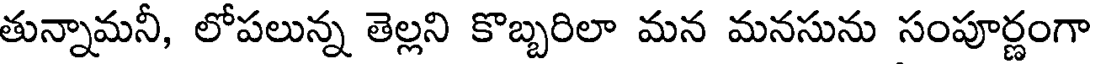
తున్నామనీ, లోపలున్న తెల్లని కొబ్బరిలా మన మనసును సంపూర్ణంగా